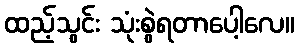
ထည့်သွင်း သုံးစွဲရတာပေါ့လေ။